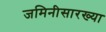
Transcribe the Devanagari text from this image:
जमिनीसारख्या